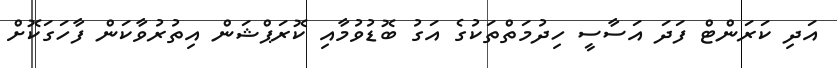
އަދި ކަރަންޓް ފަދަ އަސާސީ ހިދުމަތްތަކުގެ އަގު ބޮޑުވުމާއި ކޮރަޕްޝަން އިތުރުވާކަން ފާހަގަކޮށް